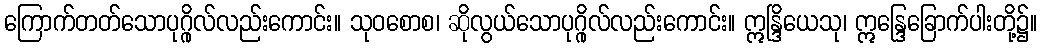
ကြောက်တတ်သောပုဂ္ဂိုလ်လည်းကောင်း။ သုဝစောစ၊ ဆိုလွယ်သောပုဂ္ဂိုလ်လည်းကောင်း။ ဣန္ဒြိယေသု၊ ဣန္ဒြေခြောက်ပါးတို့၌။